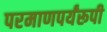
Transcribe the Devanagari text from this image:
परमाणपर्यंरूपी